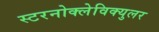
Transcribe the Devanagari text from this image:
स्टरनोक्लेविक्युलर